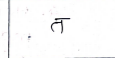
मजकूर: त